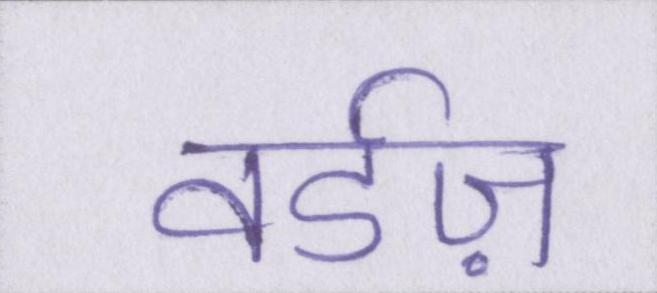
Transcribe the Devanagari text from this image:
वर्डज़